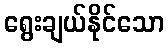
ရွေးချယ်နိုင်သော